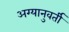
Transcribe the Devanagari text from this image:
अग्यानुवर्ती